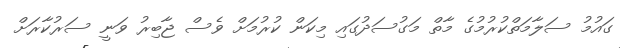
ގައުމު ސަލާމަތްކުރުމުގެ މާތް މަގުސަދުގައި މިކަން ކުރުމަށް ވެސް ޖާބިރު ވަނީ ސަރުކާރަށް